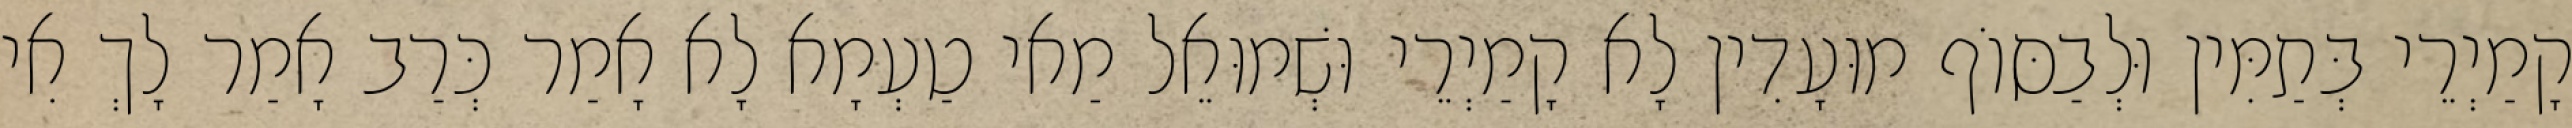
קָמַיְרֵי בְּתַמִּין וּלְבַסּוֹף מוּעָדִין לָא קָמַיְרֵי וּשְׁמוּאֵל מַאי טַעְמָא לָא אָמַר כְּרַב אָמַר לָךְ אִי